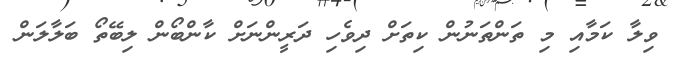
ވިލާ ކަމާއި މި ތަންތަނުން ކިތަށް ދިވެހި ދަރީންނަށް ކާންބޯން ލިބޭތޯ ބަލާލަން